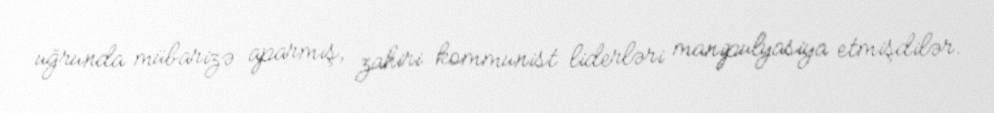
uğrunda mübarizə aparmış, zahiri kommunist liderləri manipulyasiya etmişdilər.